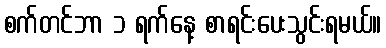
စက်တင်ဘာ ၁ ရက်နေ့ စာရင်းပေးသွင်းရမယ်။